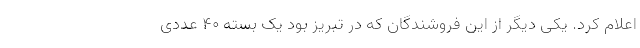
اعلام کرد. یکی دیگر از این فروشندگان که در تبریز بود یک بسته ۴۰ عددی